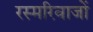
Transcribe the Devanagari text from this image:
रस्मरिवाजों